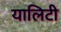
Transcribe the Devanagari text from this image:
यालिटी